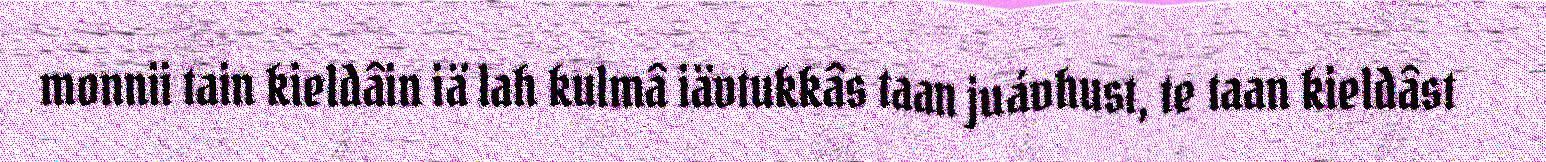
monnii tain kieldâin iä lah kulmâ iävtukkâs taan juávhust, te taan kieldâst